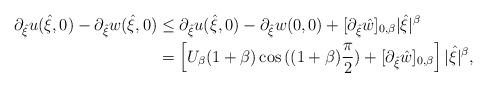
LaTeX: \begin{align*} \partial_{\hat \xi} u(\hat \xi, 0) - \partial_{\hat \xi} w(\hat \xi, 0) & \leq \partial_{\hat \xi} u(\hat \xi, 0) - \partial_{\hat \xi} w(0, 0) + [ \partial_{\hat \xi} \hat w]_{0,\beta} |\hat{\xi}|^\beta \\ & = \left[ U_\beta (1+\beta) \cos{((1+\beta) \frac{\pi}{2})} + [ \partial_{\hat \xi} \hat w]_{0,\beta} \right ] |\hat \xi|^\beta, \end{align*}